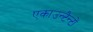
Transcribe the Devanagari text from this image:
एकाउन्टैन्टों